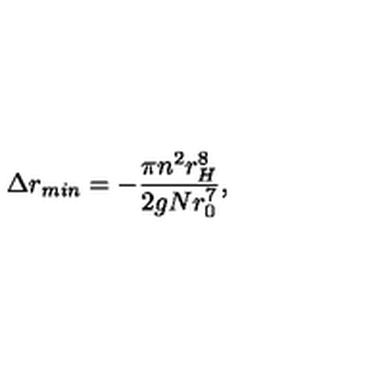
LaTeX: \Delta r _ { m i n } = - \frac { \pi n ^ { 2 } r _ { H } ^ { 8 } } { 2 g N r _ { 0 } ^ { 7 } } ,